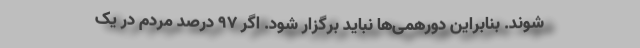
شوند. بنابراین دورهمی‌ها نباید برگزار شود. اگر ۹۷ درصد مردم در یک